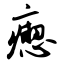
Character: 瘛